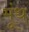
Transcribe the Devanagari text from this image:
मूंथ